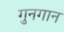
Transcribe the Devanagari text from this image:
गुनगान